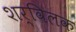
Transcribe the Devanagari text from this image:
शर्विलक